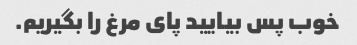
خوب پس بیایید پای مرغ را بگیریم.